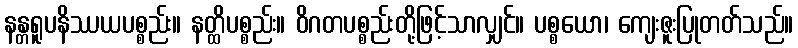
နန္တရူပနိဿယပစ္စည်း။ နတ္ထိပစ္စည်း။ ဝိဂတပစ္စည်းတို့ဖြင့်သာလျှင်။ ပစ္စယော၊ ကျေးဇူးပြုတတ်သည်။